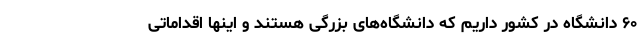
۶۰ دانشگاه در کشور داریم که دانشگاه‌های بزرگی هستند و اینها اقداماتی